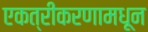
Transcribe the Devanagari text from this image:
एकत्रीकरणामधून